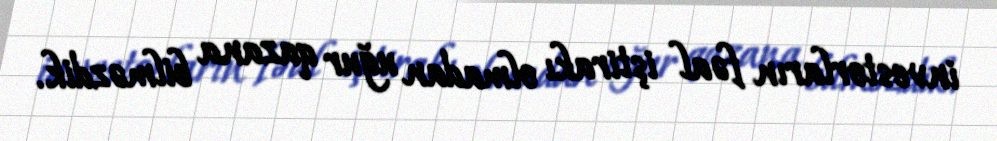
investorların fəal iştirakı olmadan uğur qazana bilməzdik.